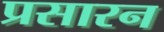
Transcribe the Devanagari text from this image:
प्रसारन